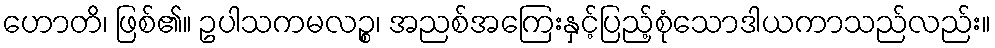
ဟောတိ၊ ဖြစ်၏။ ဥပါသကမလဉ္စ၊ အညစ်အကြေးနှင့်ပြည့်စုံသောဒါယကာသည်လည်း။